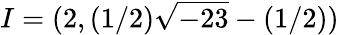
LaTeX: I=(2,(1/2){\sqrt{-23}}-(1/2))